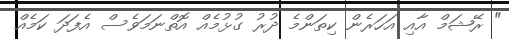
" ރޭޝަމް އާއި އަހަރެން ކިތަންމެ ދުރު ގުޅުމެއް އޮތްނަމަވެސް އެފަދަ ކަމެއް